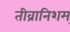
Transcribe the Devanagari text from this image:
तीव्रानिशम्‌